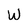
Character: W